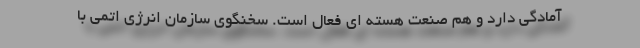
آمادگی دارد و هم صنعت هسته ای فعال است. سخنگوی سازمان انرژی اتمی با